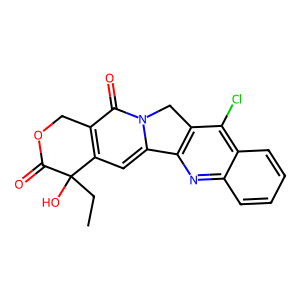
SMILES: CCC1(O)C(=O)OCc2c1cc1n(c2=O)Cc2c-1nc1ccccc1c2Cl
Inhibits HIV replication: No